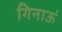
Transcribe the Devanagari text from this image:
गिनाऊं